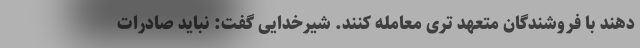
دهند با فروشندگان متعهد تری معامله کنند. شیرخدایی گفت: نباید صادرات